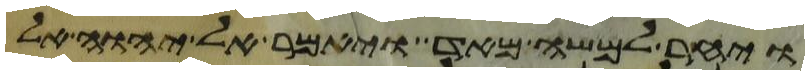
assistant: ויחר למשה מאד ויאמר אל יהוה אל